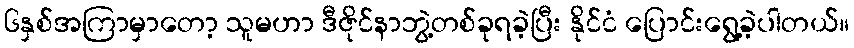
၆နှစ်အကြာမှာတော့ သူမဟာ ဒီဇိုင်နာဘွဲ့တစ်ခုရခဲ့ပြီး နိုင်ငံ ပြောင်းရွေ့ခဲ့ပါတယ်။